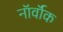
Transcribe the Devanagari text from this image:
नॉर्वॉक